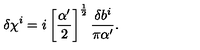
\delta \chi ^ { i } = i \left[ \frac { \alpha ^ { \prime } } { 2 } \right] ^ { \frac 1 2 } \frac { \delta b ^ { i } } { \pi \alpha ^ { \prime } } .